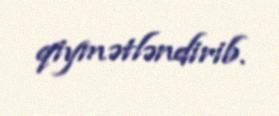
qiymətləndirib.